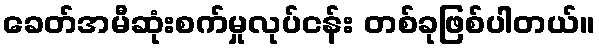
ခေတ်အမီဆုံးစက်မှုလုပ်ငန်း တစ်ခုဖြစ်ပါတယ်။